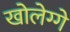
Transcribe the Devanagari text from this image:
खोलेग्गे